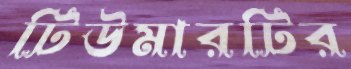
টিউমারটির